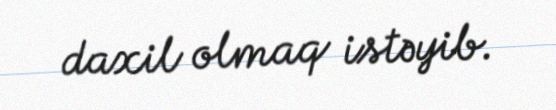
daxil olmaq istəyib.